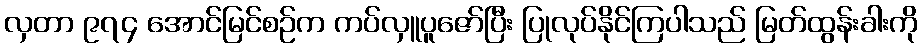
လှတာ ၉၇၄ အောင်မြင်စဉ်က ကပ်လှူပူဇော်ပြီး ပြုလုပ်နိုင်ကြပါသည် မြတ်ထွန်းခါးကို